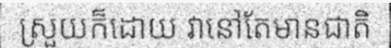
ស្រួយក៏ដោយ វានៅតែមានជាតិ